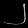
Digit: ၂